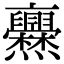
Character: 𠆡